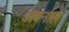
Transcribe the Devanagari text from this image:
अबनाल